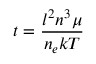
t = { \frac { l ^ { 2 } n ^ { 3 } \mu } { n _ { e } k T } }